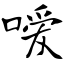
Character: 嗳